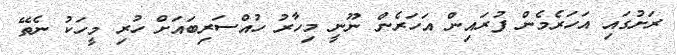
ރަށުގައި އަހަރެމެން ފުރައިން އަހަރެން ނޫނީ މިހާރު ހުއްސަރިބައަށް ހުރި މީހަކު ނެތޭ